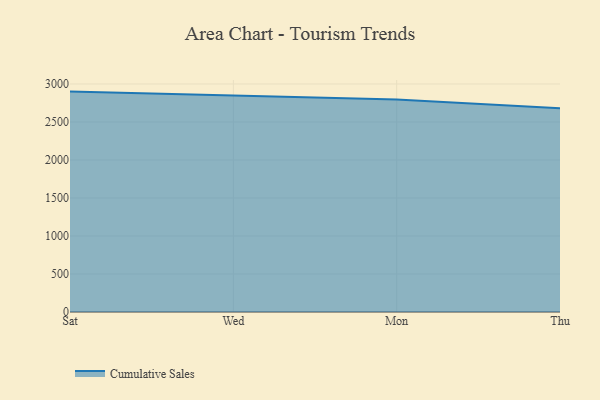
{"axis": {"x": "Day", "y": "Demand Index"}, "legend": ["Cumulative Sales"], "data": [{"x": "Sat", "y": 2900.1, "type": "Cumulative Sales"}, {"x": "Wed", "y": 2843.8, "type": "Cumulative Sales"}, {"x": "Mon", "y": 2796.5, "type": "Cumulative Sales"}, {"x": "Thu", "y": 2680.8, "type": "Cumulative Sales"}]}